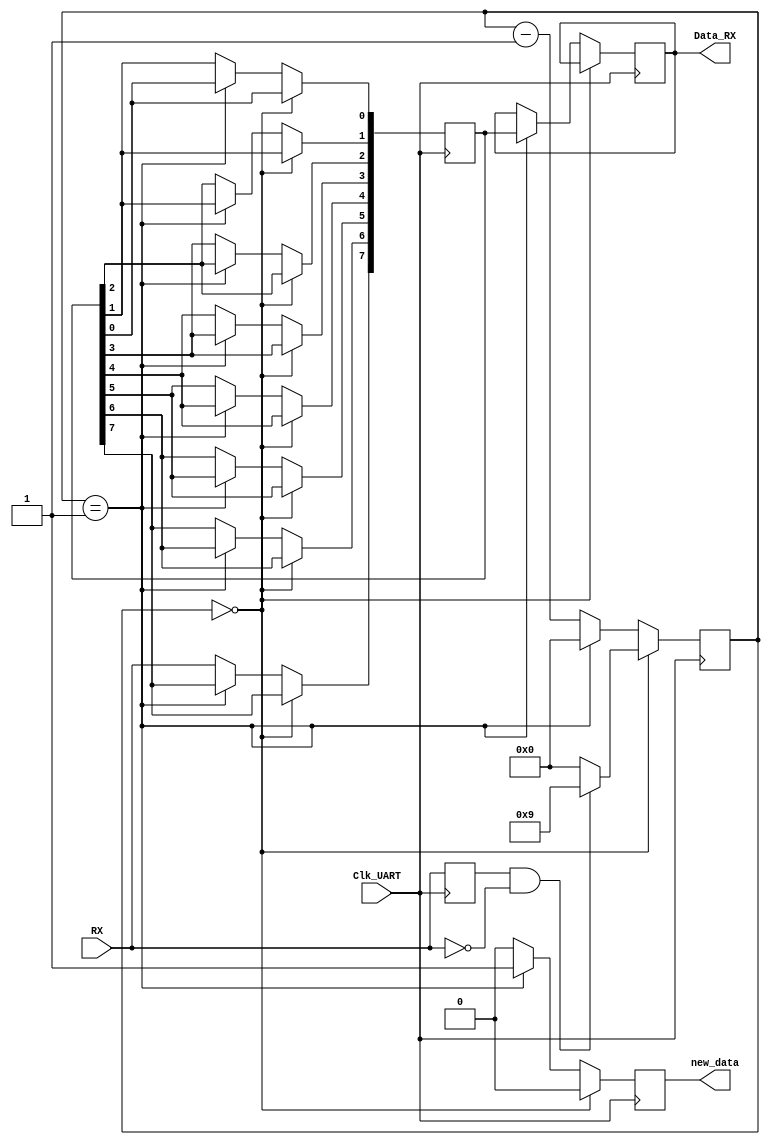
//Description: A simple UART receiver.

module UART_RX(
	input Clk_UART,
	input RX,
	output reg [7:0] Data_RX,
	output reg new_data
    );
	
	reg [7:0] rcv_buffer;
	reg [3:0] state;
	reg last_RX;

	initial begin
	$dumpfile("waves.vcd");
	$dumpvars();
	state = 4'b0;
	end

	always @(posedge Clk_UART) begin
		last_RX <= RX;
		if (state == 4'd0)
		begin
			if (last_RX == 1'b1 && RX == 1'b0)
				state <= 4'd9;
			else
				state <= 4'b0;
			new_data <= 1'b0;
		end
		else if (state == 4'b1)
		begin
			$strobe ("UART RX received 0x%0h", rcv_buffer);
			Data_RX <= rcv_buffer;
			new_data <= 1'b1;
			state <= 4'b0;
		end
		else
		begin
			rcv_buffer[7] <= RX;
			rcv_buffer[6] <= rcv_buffer[7];
			rcv_buffer[5] <= rcv_buffer[6];
			rcv_buffer[4] <= rcv_buffer[5];
			rcv_buffer[3] <= rcv_buffer[4];
			rcv_buffer[2] <= rcv_buffer[3];
			rcv_buffer[1] <= rcv_buffer[2];
			rcv_buffer[0] <= rcv_buffer[1];
			state <= state - 4'b1;
			new_data <= 1'b0;
		end
	end
	 
endmodule